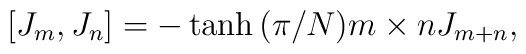
[J_m, J_n]=-\tanh{(\pi/N)m\times n}J_{m+n},